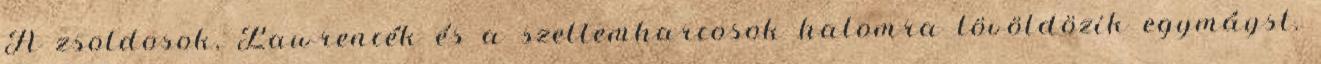
A zsoldosok, Lawrencék és a szellemharcosok halomra lövöldözik egymáyst.